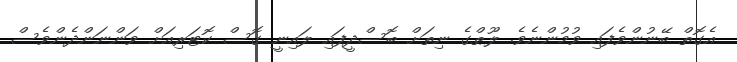
އެގޮތް ބޭނުންވެފައި ވުމުންނެވެ. ލޫޠްގެ ނިތަށް ބޮސްދީފައި ލައިނީ ގޮސް ކޮޓަރިއަށް ވަންނަންދެންވެސް